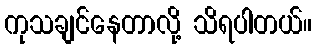
ကုသချင်နေတာလို့ သိရပါတယ်။